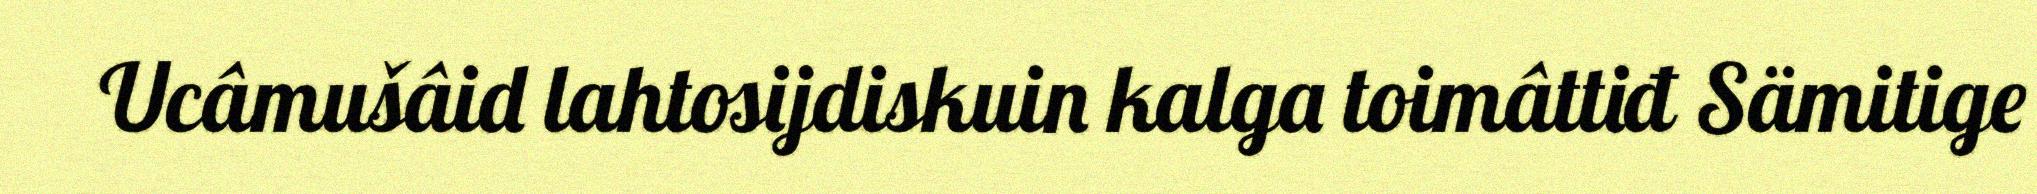
Ucâmušâid lahtosijdiskuin kalga toimâttiđ Sämitige